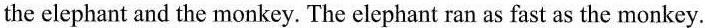
the elephant and the monkey. The elephant ran as fast as the monkey.